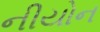
નીયોન